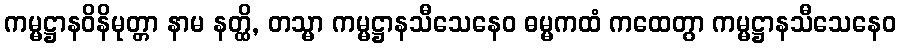
ကမ္မဋ္ဌာနဝိနိမုတ္တာ နာမ နတ္ထိ, တသ္မာ ကမ္မဋ္ဌာနသီသေနေဝ ဓမ္မကထံ ကထေတွာ ကမ္မဋ္ဌာနသီသေနေဝ